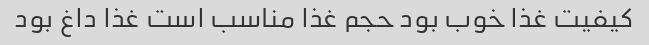
کیفیت غذا خوب بود حجم غذا مناسب است غذا داغ بود